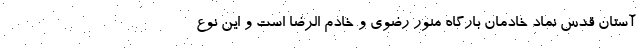
آستان قدس نماد خادمان بارگاه منور رضوی و خادم الرضا است و این نوع